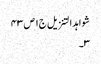
شواہد التنزیل ج١ ص ٤٣
٣۔